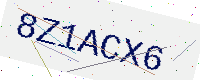
Text: 8Z1ACX6